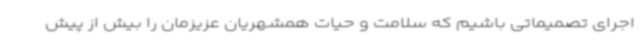
اجرای تصمیماتی باشیم که سلامت و حیات همشهریان عزیزمان را بیش از پیش